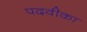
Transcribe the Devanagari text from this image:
पदवीका